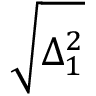
\sqrt { \Delta _ { 1 } ^ { 2 } }